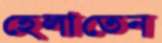
হেলাতেন